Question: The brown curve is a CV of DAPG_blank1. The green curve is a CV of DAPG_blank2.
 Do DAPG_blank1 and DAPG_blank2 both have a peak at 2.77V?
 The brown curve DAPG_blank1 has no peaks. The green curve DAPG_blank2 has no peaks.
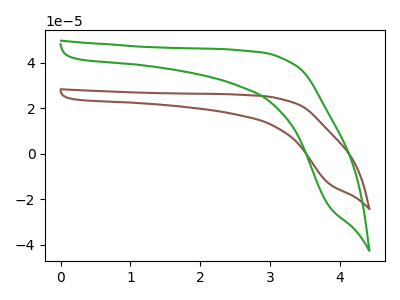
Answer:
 <answer>No, "DAPG_blank1" and "DAPG_blank2" dont share a peak at 2.77V.</answer>
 <eval>mismatch</eval>